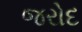
જરોદ